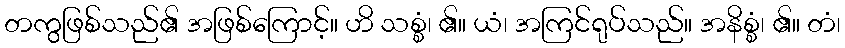
တကွဖြစ်သည်၏ အဖြစ်ကြောင့်။ ဟိ သစ္စံ၊ ၏။ ယံ၊ အကြင်ရုပ်သည်။ အနိစ္စံ၊ ၏။ တံ၊